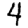
Digit: 4